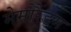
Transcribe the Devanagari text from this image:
मेमोरैंडम